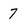
Character: 7